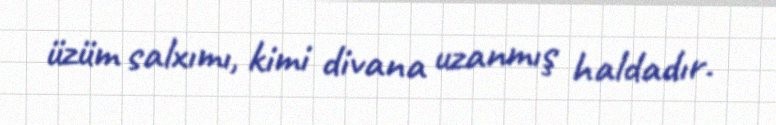
üzüm salxımı, kimi divana uzanmış haldadır.